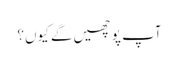
آپ پوچھیں گے کیوں؟